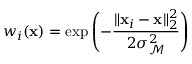
w _ { i } ( \mathbf { x } ) = \exp \left( - \frac { \| \mathbf { x } _ { i } - \mathbf { x } \| _ { 2 } ^ { 2 } } { 2 \sigma _ { \mathcal { M } } ^ { 2 } } \right)